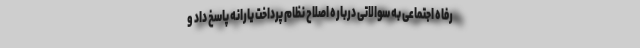
رفاه اجتماعی به سوالاتی درباره اصلاح نظام پرداخت یارانه پاسخ داد و